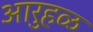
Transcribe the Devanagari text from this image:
आरुहळ